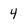
Character: 4